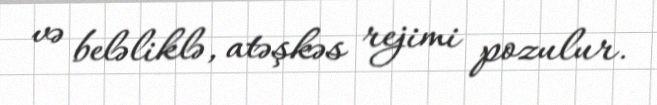
və beləliklə, atəşkəs rejimi pozulur.